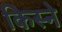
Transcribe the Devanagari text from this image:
किस्ने